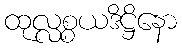
ထုလ္လစ္စယဒိဋ္ဌိနော